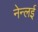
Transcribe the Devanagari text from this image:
नेन्लई